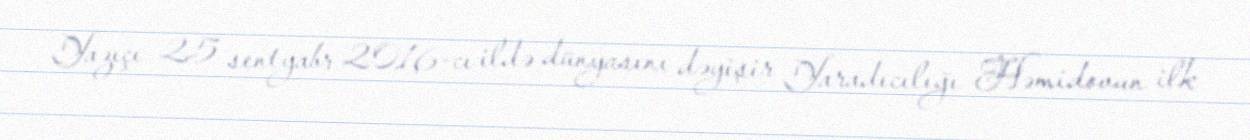
Yazıçı 25 sentyabr 2016-cı ildə dünyasını dəyişir Yaradıcılığı Həmidovun ilk